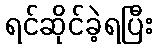
ရင်ဆိုင်ခဲ့ရပြီး